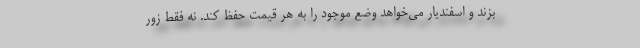
بزند و اسفندیار می‌خواهد وضع موجود را به هر قیمت حفظ کند. نه فقط زور